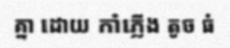
គ្នា ដោយ កាំភ្លើង តូច ធំ